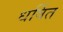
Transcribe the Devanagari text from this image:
धर्षित